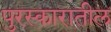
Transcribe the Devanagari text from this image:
पुरस्कारातील